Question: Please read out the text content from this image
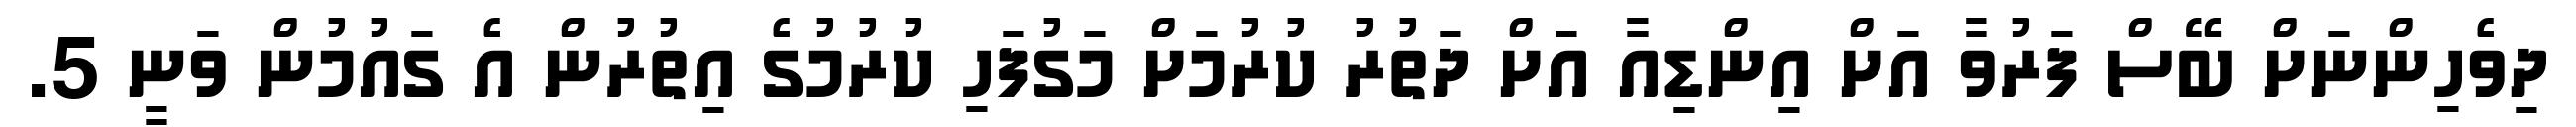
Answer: ދިވެހިންނަށް ބޭސް ފަރުވާ އަށް އިންޑިއާ އަށް ދަތުރު ކުރުމަށް މަގުފަހި ކުރުމުގެ އިތުރުން އެ ގައުމުން ވަނީ 5.